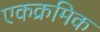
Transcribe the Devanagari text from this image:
एकक्रमिक